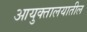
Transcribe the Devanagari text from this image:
आयुक्तालयातील